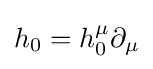
h_{0}=h_{0}^{\mu }\partial _{\mu }